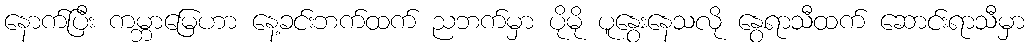
နောက်ပြီး ကမ္ဘာမြေဟာ နေ့ခင်းဘက်ထက် ညဘက်မှာ ပိုမို ပူနွေးနေသလို နွေရာသီထက် ဆောင်းရာသီမှာ